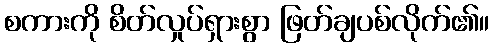
စကားကို စိတ်လှုပ်ရှားစွာ ဖြတ်ချပစ်လိုက်၏။